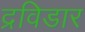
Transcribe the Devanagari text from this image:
द्रविडार